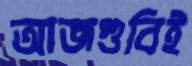
আজগুবিই